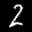
Label: 2